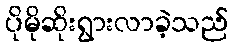
ပိုမိုဆိုးရွားလာခဲ့သည်